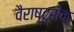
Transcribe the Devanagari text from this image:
वैराष्ट्रीक